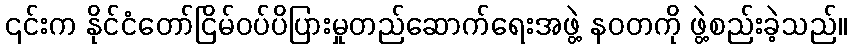
၎င်းက နိုင်ငံတော်ငြိမ်ဝပ်ပိပြားမှုတည်ဆောက်ရေးအဖွဲ့ နဝတကို ဖွဲ့စည်းခဲ့သည်။